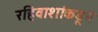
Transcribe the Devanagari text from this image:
रहिवाशांकडून